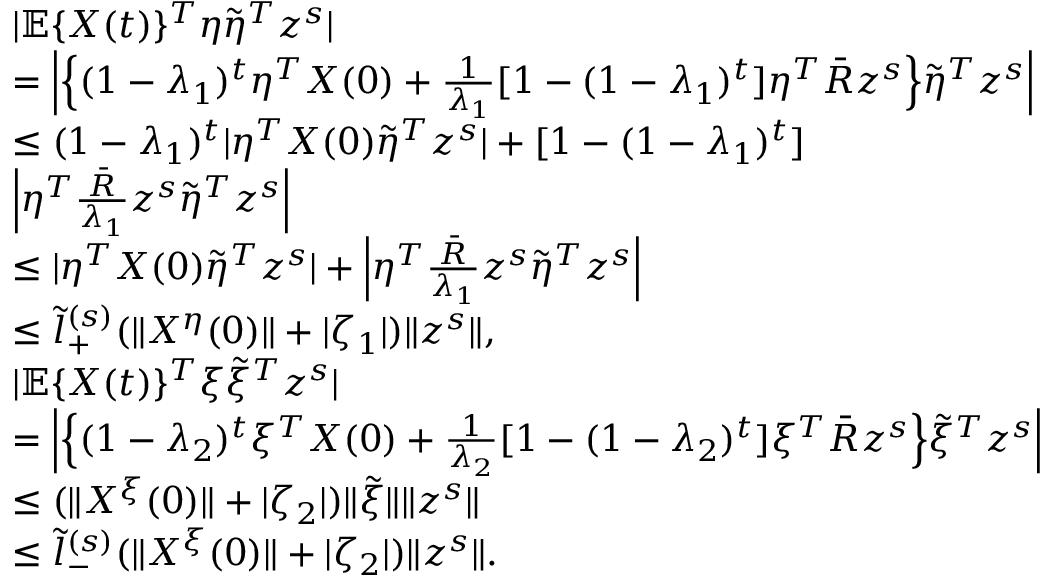
\begin{array} { r l } & { | \mathbb { E } \{ X ( t ) \} ^ { T } \eta \tilde { \eta } ^ { T } z ^ { s } | } \\ & { = \Big | \Big \{ ( 1 - \lambda _ { 1 } ) ^ { t } \eta ^ { T } X ( 0 ) + \frac { 1 } { \lambda _ { 1 } } [ 1 - ( 1 - \lambda _ { 1 } ) ^ { t } ] \eta ^ { T } \bar { R } z ^ { s } \Big \} \tilde { \eta } ^ { T } z ^ { s } \Big | } \\ & { \le ( 1 - \lambda _ { 1 } ) ^ { t } | \eta ^ { T } X ( 0 ) \tilde { \eta } ^ { T } z ^ { s } | + [ 1 - ( 1 - \lambda _ { 1 } ) ^ { t } ] } \\ & { \Big | \eta ^ { T } \frac { \bar { R } } { \lambda _ { 1 } } z ^ { s } \tilde { \eta } ^ { T } z ^ { s } \Big | } \\ & { \le | \eta ^ { T } X ( 0 ) \tilde { \eta } ^ { T } z ^ { s } | + \Big | \eta ^ { T } \frac { \bar { R } } { \lambda _ { 1 } } z ^ { s } \tilde { \eta } ^ { T } z ^ { s } \Big | } \\ & { \le \tilde { l } _ { + } ^ { ( s ) } ( \| X ^ { \eta } ( 0 ) \| + | \zeta _ { 1 } | ) \| z ^ { s } \| , } \\ & { | \mathbb { E } \{ X ( t ) \} ^ { T } \xi \tilde { \xi } ^ { T } z ^ { s } | } \\ & { = \Big | \Big \{ ( 1 - \lambda _ { 2 } ) ^ { t } \xi ^ { T } X ( 0 ) + \frac { 1 } { \lambda _ { 2 } } [ 1 - ( 1 - \lambda _ { 2 } ) ^ { t } ] \xi ^ { T } \bar { R } z ^ { s } \Big \} \tilde { \xi } ^ { T } z ^ { s } \Big | } \\ & { \le ( \| X ^ { \xi } ( 0 ) \| + | \zeta _ { 2 } | ) \| \tilde { \xi } \| \| z ^ { s } \| } \\ & { \le \tilde { l } _ { - } ^ { ( s ) } ( \| X ^ { \xi } ( 0 ) \| + | \zeta _ { 2 } | ) \| z ^ { s } \| . } \end{array}